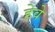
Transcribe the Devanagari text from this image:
हेवे